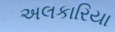
અલકારિયા